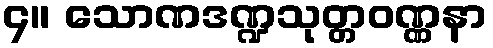
၄။ သောဏဒဏ္ဍသုတ္တဝဏ္ဏနာ